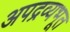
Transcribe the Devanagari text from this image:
अपद्रव्यभूत